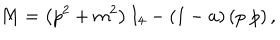
M = \left( p ^ { 2 } + m ^ { 2 } \right) I _ { 4 } - ( 1 - a ) \left( p _ { \cdot } p \right) ,